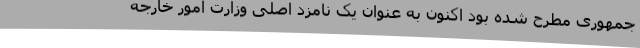
جمهوری مطرح شده بود اکنون به عنوان یک نامزد اصلی وزارت امور خارجه